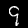
Digit: 9